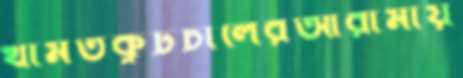
থামতকূটচালেরআরামায়